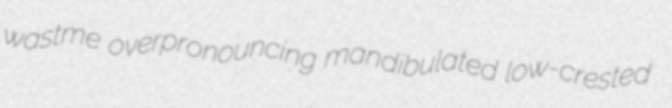
wastme overpronouncing mandibulated low-crested